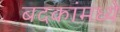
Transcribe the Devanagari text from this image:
बदकांमध्ये